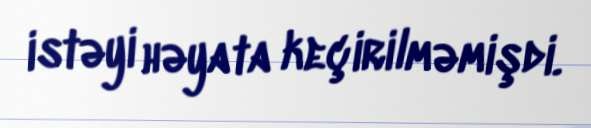
istəyi həyata keçirilməmişdi.